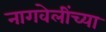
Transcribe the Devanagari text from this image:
नागवेलींच्या